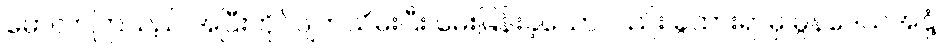
မောလာကြသည် အပြီးတိုင်ဖျက်သိမ်းပြီး မေးမြန်းခဲ့သော်လည်း ခွထားရာမှ မွန်ဒေသအနှံ့